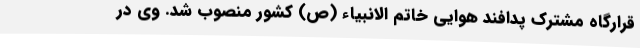
قرارگاه مشترک پدافند هوایی خاتم الانبیاء (ص) کشور منصوب شد. وی در